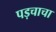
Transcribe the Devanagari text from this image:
पड़चाचा